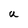
Character: U